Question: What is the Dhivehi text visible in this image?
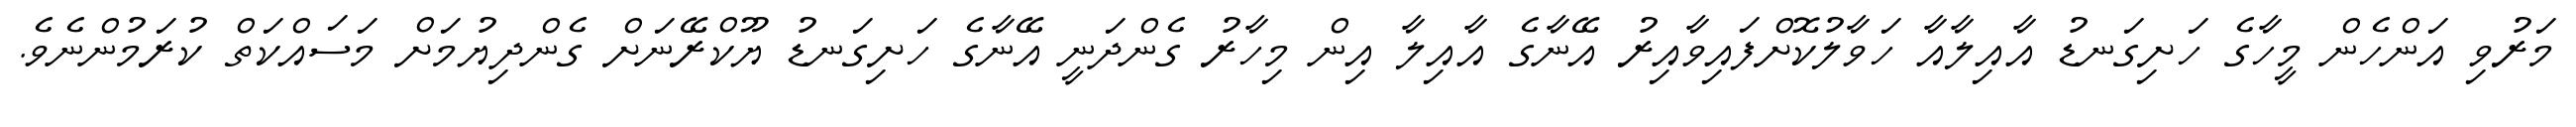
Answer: މަރުވި އަންހެން މީހާގެ ހަށިގަނޑު އާއިލާއާ ހަވާލުކޮށްފައިވާއިރު އޭނާގެ އާއިލާ އިން މިހާރު ގެންދަނީ އޭނާގެ ހަށިގަނޑު ޔޫކްރޭނަށް ގެންދިޔުމަށް މަސައްކަތް ކުރަމުންނެވެ.